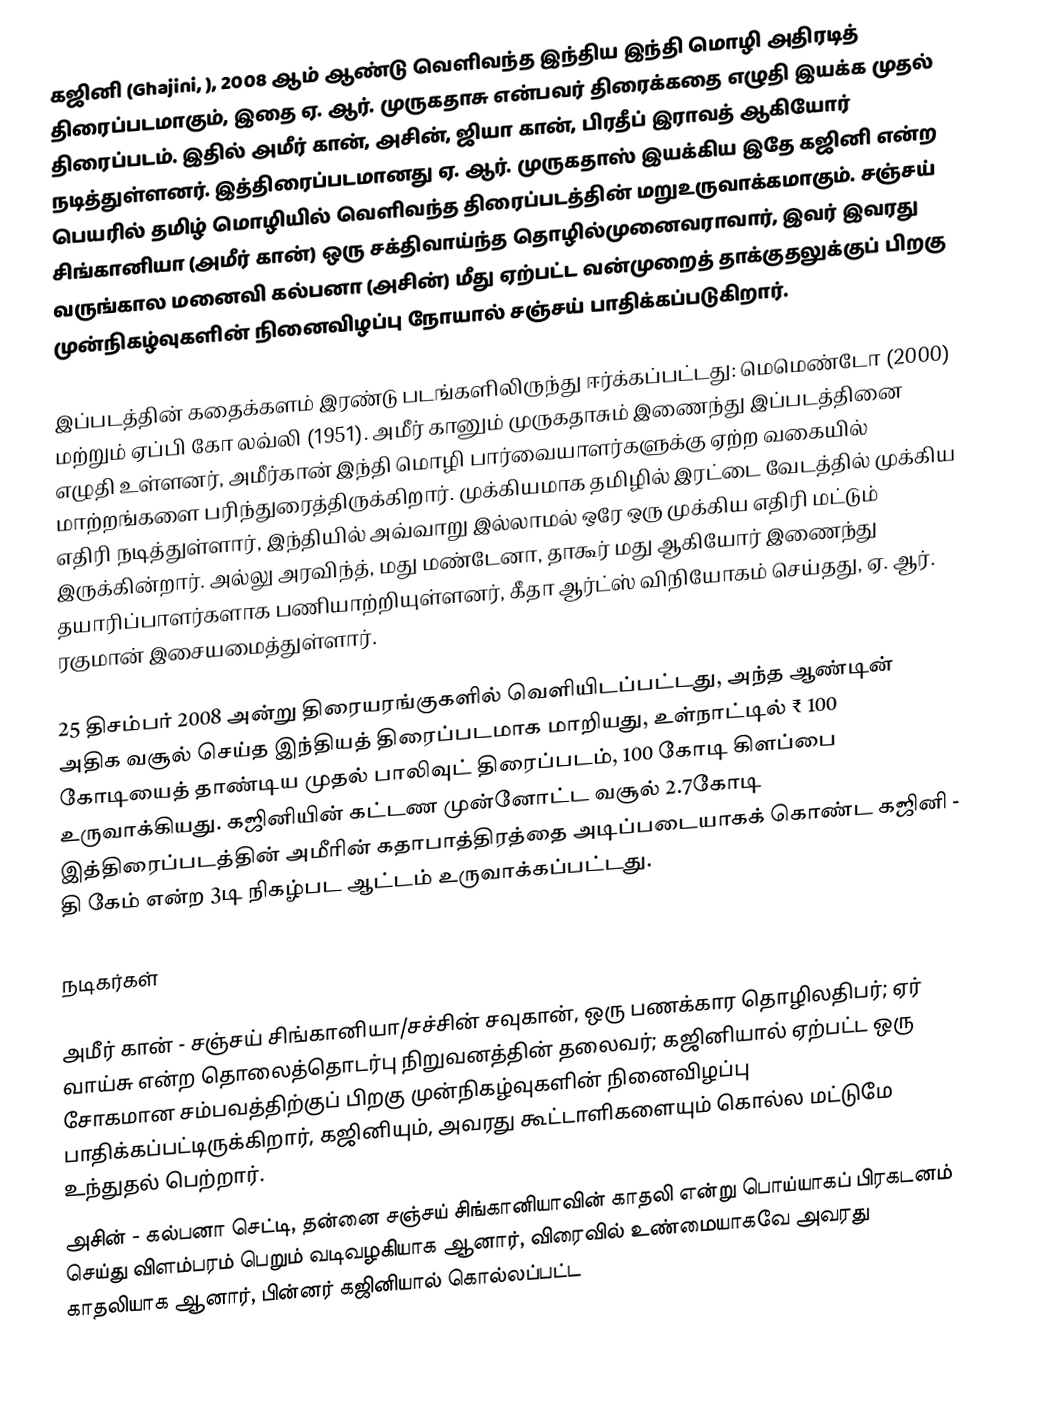
கஜினி (Ghajini, ), 2008 ஆம் ஆண்டு வெளிவந்த இந்திய இந்தி மொழி அதிரடித் திரைப்படமாகும், இதை ஏ. ஆர். முருகதாசு என்பவர் திரைக்கதை எழுதி இயக்க முதல் திரைப்படம். இதில் அமீர் கான், அசின், ஜியா கான், பிரதீப் இராவத் ஆகியோர் நடித்துள்ளனர். இத்திரைப்படமானது ஏ. ஆர். முருகதாஸ் இயக்கிய இதே கஜினி என்ற பெயரில் தமிழ் மொழியில் வெளிவந்த திரைப்படத்தின் மறுஉருவாக்கமாகும். சஞ்சய் சிங்கானியா (அமீர் கான்) ஒரு சக்திவாய்ந்த தொழில்முனைவராவார், இவர் இவரது வருங்கால மனைவி கல்பனா (அசின்) மீது ஏற்பட்ட வன்முறைத் தாக்குதலுக்குப் பிறகு  முன்நிகழ்வுகளின் நினைவிழப்பு நோயால் சஞ்சய் பாதிக்கப்படுகிறார்.

இப்படத்தின் கதைக்களம் இரண்டு படங்களிலிருந்து ஈர்க்கப்பட்டது: மெமெண்டோ (2000) மற்றும் ஏப்பி கோ லவ்லி (1951). அமீர் கானும் முருகதாசும் இணைந்து இப்படத்தினை எழுதி உள்ளனர், அமீர்கான் இந்தி மொழி பார்வையாளர்களுக்கு ஏற்ற வகையில் மாற்றங்களை பரிந்துரைத்திருக்கிறார். முக்கியமாக தமிழில் இரட்டை வேடத்தில் முக்கிய எதிரி நடித்துள்ளார், இந்தியில் அவ்வாறு இல்லாமல் ஒரே ஒரு முக்கிய எதிரி மட்டும் இருக்கின்றார். அல்லு அரவிந்த், மது மண்டேனா, தாகூர் மது ஆகியோர் இணைந்து தயாரிப்பாளர்களாக பணியாற்றியுள்ளனர், கீதா ஆர்ட்ஸ் விநியோகம் செய்தது, ஏ. ஆர். ரகுமான் இசையமைத்துள்ளார்.

25 திசம்பர் 2008 அன்று திரையரங்குகளில் வெளியிடப்பட்டது, அந்த ஆண்டின் அதிக வசூல் செய்த இந்தியத் திரைப்படமாக மாறியது, உள்நாட்டில் ₹ 100 கோடியைத் தாண்டிய முதல் பாலிவுட் திரைப்படம், 100 கோடி கிளப்பை உருவாக்கியது. கஜினியின் கட்டண முன்னோட்ட வசூல்  2.7கோடி இத்திரைப்படத்தின் அமீரின் கதாபாத்திரத்தை அடிப்படையாகக் கொண்ட கஜினி - தி கேம் என்ற 3டி நிகழ்பட ஆட்டம் உருவாக்கப்பட்டது.

நடிகர்கள்

 அமீர் கான் -  சஞ்சய் சிங்கானியா/சச்சின் சவுகான், ஒரு பணக்கார தொழிலதிபர்; ஏர் வாய்சு என்ற தொலைத்தொடர்பு நிறுவனத்தின் தலைவர்; கஜினியால் ஏற்பட்ட ஒரு சோகமான சம்பவத்திற்குப் பிறகு முன்நிகழ்வுகளின் நினைவிழப்பு பாதிக்கப்பட்டிருக்கிறார், கஜினியும், அவரது கூட்டாளிகளையும் கொல்ல மட்டுமே உந்துதல் பெற்றார்.
 அசின் - கல்பனா செட்டி, தன்னை சஞ்சய் சிங்கானியாவின் காதலி என்று பொய்யாகப் பிரகடனம் செய்து விளம்பரம் பெறும் வடிவழகியாக ஆனார், விரைவில் உண்மையாகவே அவரது காதலியாக ஆனார், பின்னர் கஜினியால் கொல்லப்பட்ட